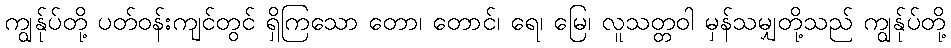
ကျွန်ုပ်တို့ ပတ်ဝန်းကျင်တွင် ရှိကြသော တော၊ တောင်၊ ရေ၊ မြေ၊ လူသတ္တဝါ မှန်သမျှတို့သည် ကျွန်ုပ်တို့